Scottish Leaving Certificate Examination, 1957
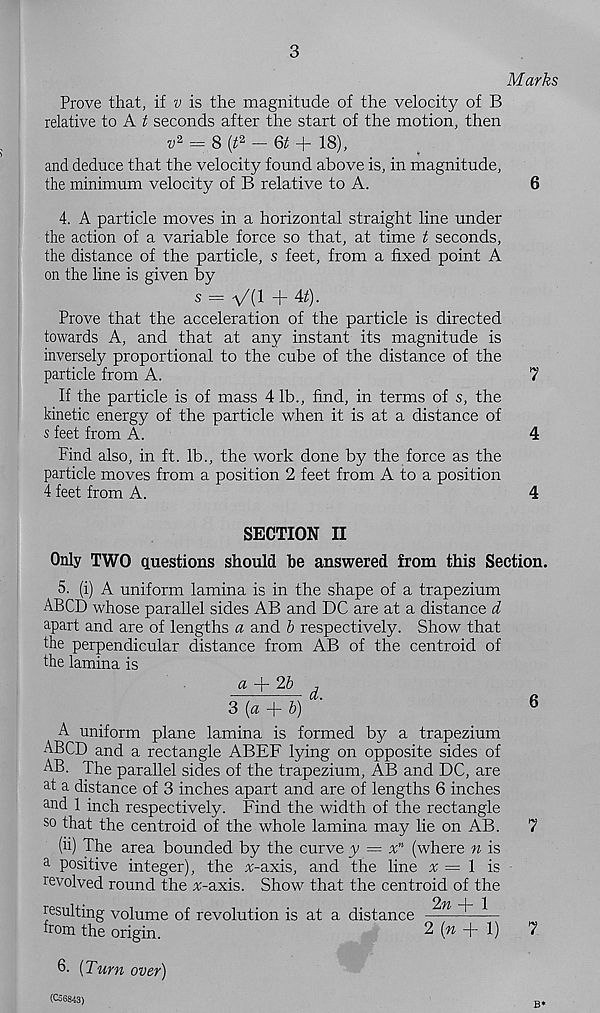
3
Marks
Prove that, if v is the magnitude of the velocity of B
relative to A i! seconds after the start of the motion, then
= s (/ 2 - 6* + 18),
and deduce that the velocity found above is, in magnitude,
the minimum velocity of B relative to A.
4. A particle moves in a horizontal straight line under
the action of a variable force so that, at time t seconds,
the distance of the particle, s feet, from a fixed point A
on the line is given by
s = ^{\ -\- At).
Prove that the acceleration of the particle is directed
towards A, and that at any instant its magnitude is
inversely proportional to the cube of the distance of the
particle from A.
If the particle is of mass 41b., find, in terms of s, the
kinetic energy of the particle when it is at a distance of
s feet from A.
Find also, in ft. lb., the work done by the force as the
particle moves from a position 2 feet from A to a position
4 feet from A.
SECTION II
Only TWO questions should be answered from this Section.
5. (i) A uniform lamina is in the shape of a trapezium
ABCD whose parallel sides AB and DC are at a distance d
apart and are of lengths a and b respectively. Show that
the perpendicular distance from AB of the centroid of
the lamina is
a + 26 j
3 (a + 6)
b
A uniform plane lamina is formed by a trapezium
ABCD and a rectangle ABEF lying on opposite sides of
AB. The parallel sides of the trapezium, AB and DC, are
at a distance of 3 inches apart and are of lengths 6 inches
and 1 inch respectively. Find the width of the rectangle
so that the centroid of the whole lamina may lie on AB.
7
(ii) The area bounded by the curve y = x n (where n is
a positive integer), the a;-axis, and the line # — 1 is
revolved round the %-axis. Show that the centroid of the
i •
2% | J
resulting volume of revolution is at a distance
hom the origin.
2 (» T - 1)
7
6. (Turn over)
(0:6843)
B ,